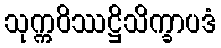
သုက္ကဝိဿဋ္ဌိသိက္ခာပဒံ